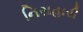
નિરાહારી